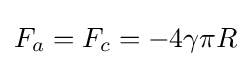
F_{a}=F_{c}=-4\gamma \pi R